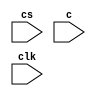
module disp
(
	input wire cs,
	input wire[7:0] c,
	input wire clk
);

reg[7:0] r;

always@(posedge clk) if(cs) r<=c; else ;
always@(*) $write("%c",r);

endmodule